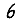
Digit: 6